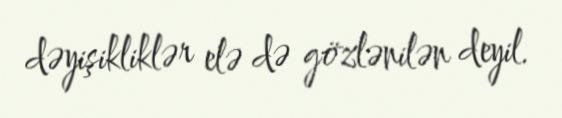
dəyişikliklər elə də gözlənilən deyil.